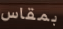
بمقاس